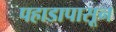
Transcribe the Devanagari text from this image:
पहाडापासून